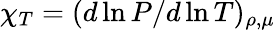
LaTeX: \chi_{T}=(d\ln P/d\ln T)_{\rho,\mu}